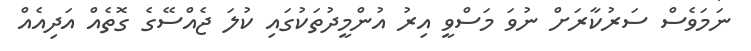
ނަމަވެސް ސަރުކާރަށް ނުވަ މަސްވީ އިރު އުންމީދުތަކުގައި ކުލަ ޖެއްސޭގެ ގޮތެއް އަދިއެއް